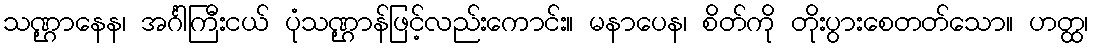
သဏ္ဌာနေန၊ အင်္ဂါကြီးငယ် ပုံသဏ္ဌာန်ဖြင့်လည်းကောင်း။ မနာပေန၊ စိတ်ကို တိုးပွားစေတတ်သော။ ဟတ္ထ၊